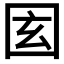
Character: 𡇎